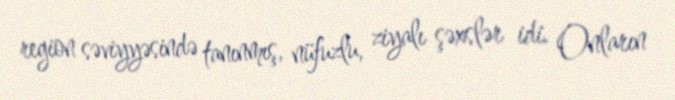
region səviyyəsində tanınmış, nüfuzlu, ziyalı şəxslər idi. Onların